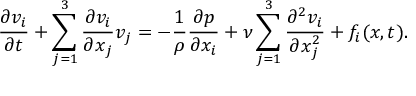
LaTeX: { \frac { \partial v _ { i } } { \partial t } } + \sum _ { j = 1 } ^ { 3 } { \frac { \partial v _ { i } } { \partial x _ { j } } } v _ { j } = - { \frac { 1 } { \rho } } { \frac { \partial p } { \partial x _ { i } } } + \nu \sum _ { j = 1 } ^ { 3 } { \frac { \partial ^ { 2 } v _ { i } } { \partial x _ { j } ^ { 2 } } } + f _ { i } ( { \boldsymbol { x } } , t ) .